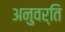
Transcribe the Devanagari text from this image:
अनुवर्ति